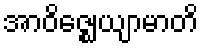
အာဝိဇ္ဈေယျာမာတိ